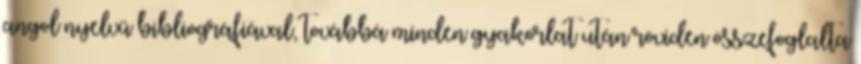
angol nyelvű bibliográfiával, továbbá minden gyakorlat után röviden összefoglalta